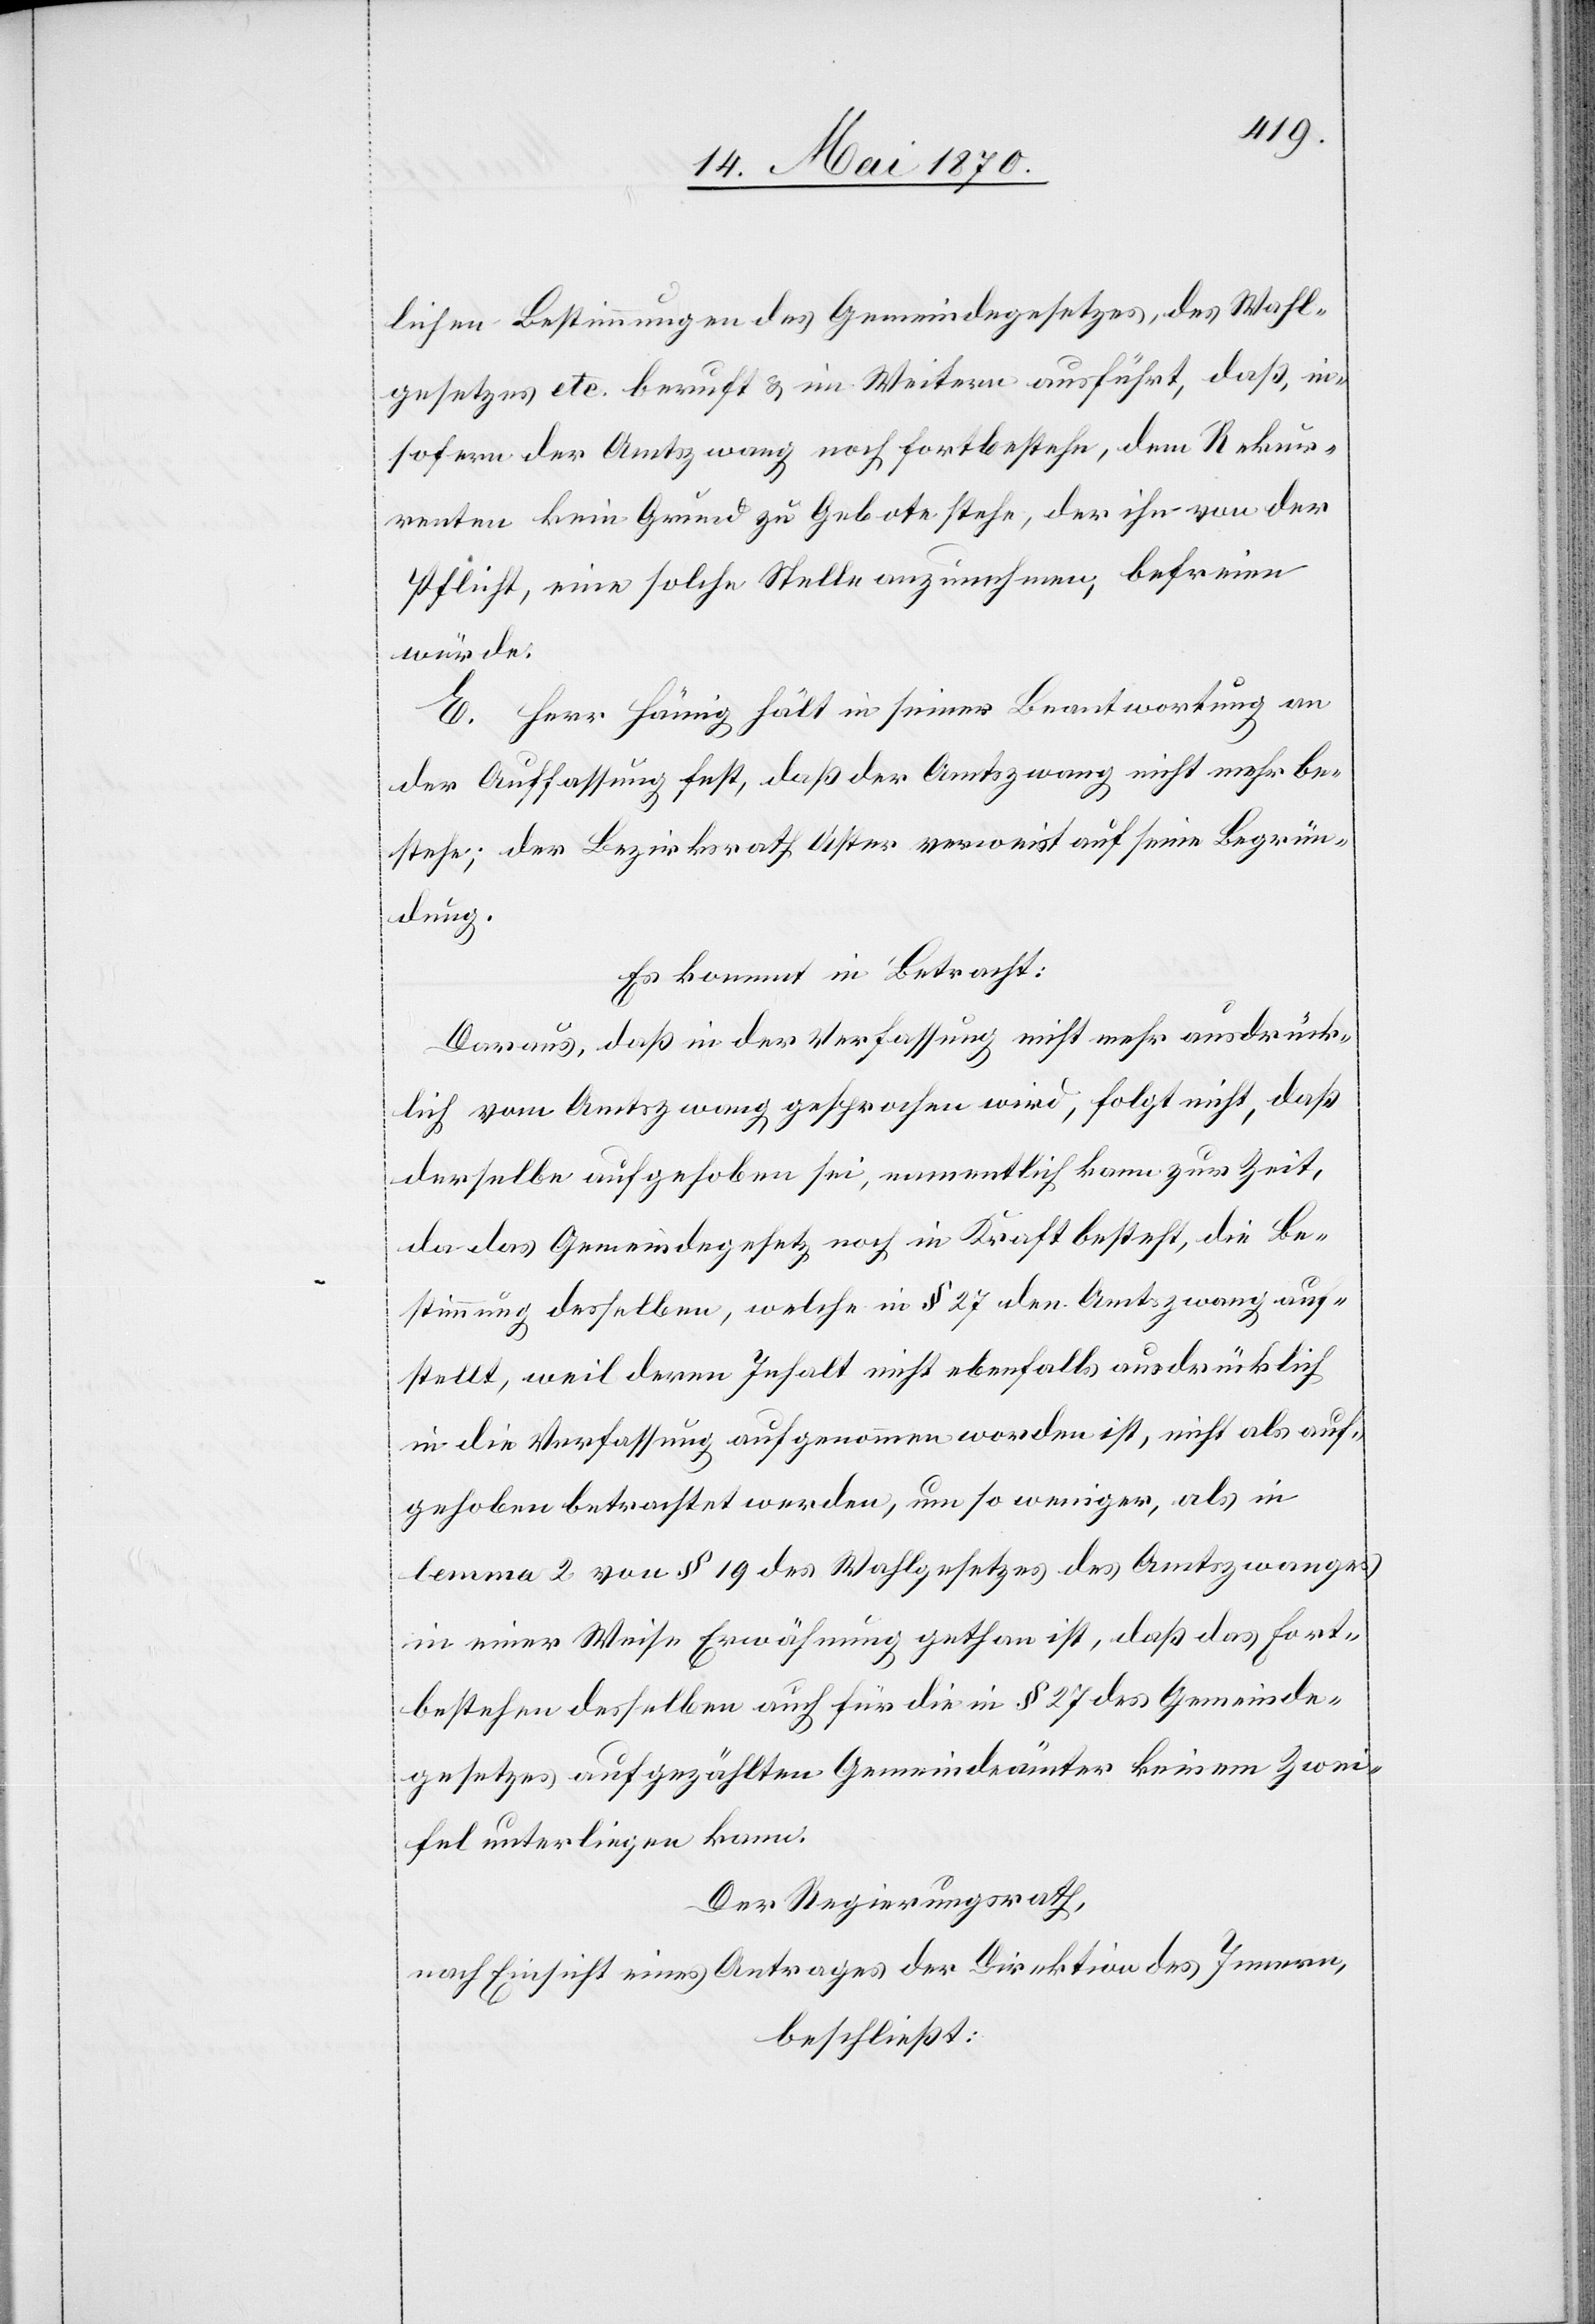
lichen Bestimmungen des Gemeindegesetzes, des Wahl¬
gesetzes etc. beruft & im Weitern ausführt, daß insofern
Pflicht, eine solche Stelle anzunehmen, befreien
würde.
E. Herr Hämig hält in seiner Beantwortung an
der Auffassung fest, daß der Amtszwang nicht mehr be¬
stehe; der Bezirksrath Uster verweist auf seine Begrün¬
dung.
Es kommt in Betracht:
Daraus, daß in der Verfassung nicht mehr ausdrück¬
lich vom Amtszwang gesprochen wird, folgt nicht, daß
derselbe aufgehoben sei, namentlich kann zur Zeit,
da das Gemeindegesetz noch in Kraft besteht, die Be¬
stimmung desselben, welche in § 27 den Amtszwang auf¬
stellt, weil deren Inhalt nicht ebenfalls ausdrücklich
in die Verfassung aufgenommen worden ist, nicht als auf¬
gehoben betrachtet werden, um so weniger, als in
lemma 2 von § 19 des Wahlgesetzes des Amtszwanges
in einer Weise Erwähnung gethan ist, daß das Fort¬
bestehen desselben auch für die in § 27 des Gemeinde¬
gesetzes aufgezählten Gemeindeämter keinem Zwei¬
fel unterliegen kann.
Der Regierungsrath,
nach Einsicht eines Antrages der Direktion des Innern,
beschließt: